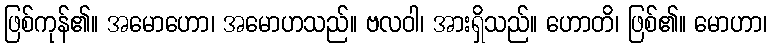
ဖြစ်ကုန်၏။ အမောဟော၊ အမောဟသည်။ ဗလဝါ၊ အားရှိသည်။ ဟောတိ၊ ဖြစ်၏။ မောဟာ၊